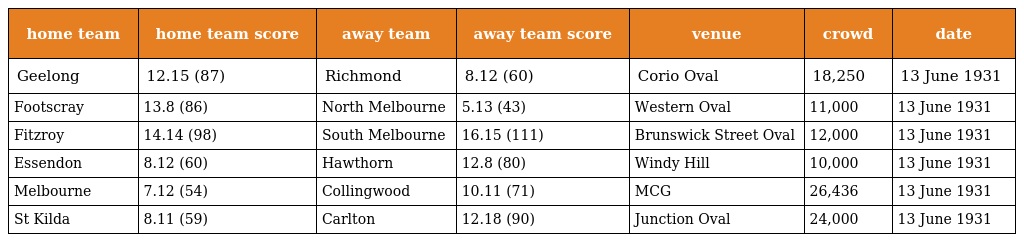
| home team | home team score | away team | away team score | venue | crowd | date |
 | --- | --- | --- | --- | --- | --- | --- |
 | Geelong | 12.15 (87) | Richmond | 8.12 (60) | Corio Oval | 18,250 | 13 June 1931 |
 | Footscray | 13.8 (86) | North Melbourne | 5.13 (43) | Western Oval | 11,000 | 13 June 1931 |
 | Fitzroy | 14.14 (98) | South Melbourne | 16.15 (111) | Brunswick Street Oval | 12,000 | 13 June 1931 |
 | Essendon | 8.12 (60) | Hawthorn | 12.8 (80) | Windy Hill | 10,000 | 13 June 1931 |
 | Melbourne | 7.12 (54) | Collingwood | 10.11 (71) | MCG | 26,436 | 13 June 1931 |
 | St Kilda | 8.11 (59) | Carlton | 12.18 (90) | Junction Oval | 24,000 | 13 June 1931 |